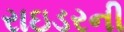
રાઇડરની